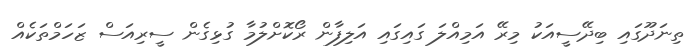
ތިނަދޫގައި ބިދޭސީއަކު މިރޭ އަމިއްލަ ގައިގައި އަލިފާން ރޯކޮށްލުމާ ގުޅިގެން ސީރިއަސް ޒަހަމްތަކެއް